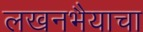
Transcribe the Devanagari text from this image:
लखनभैयाचा